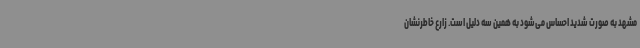
مشهد به صورت شدید احساس می‌شود به همین سه دلیل است. زارع خاطرنشان